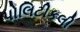
પોલિટીકલી